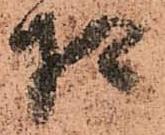
相